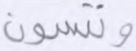
وتنسون